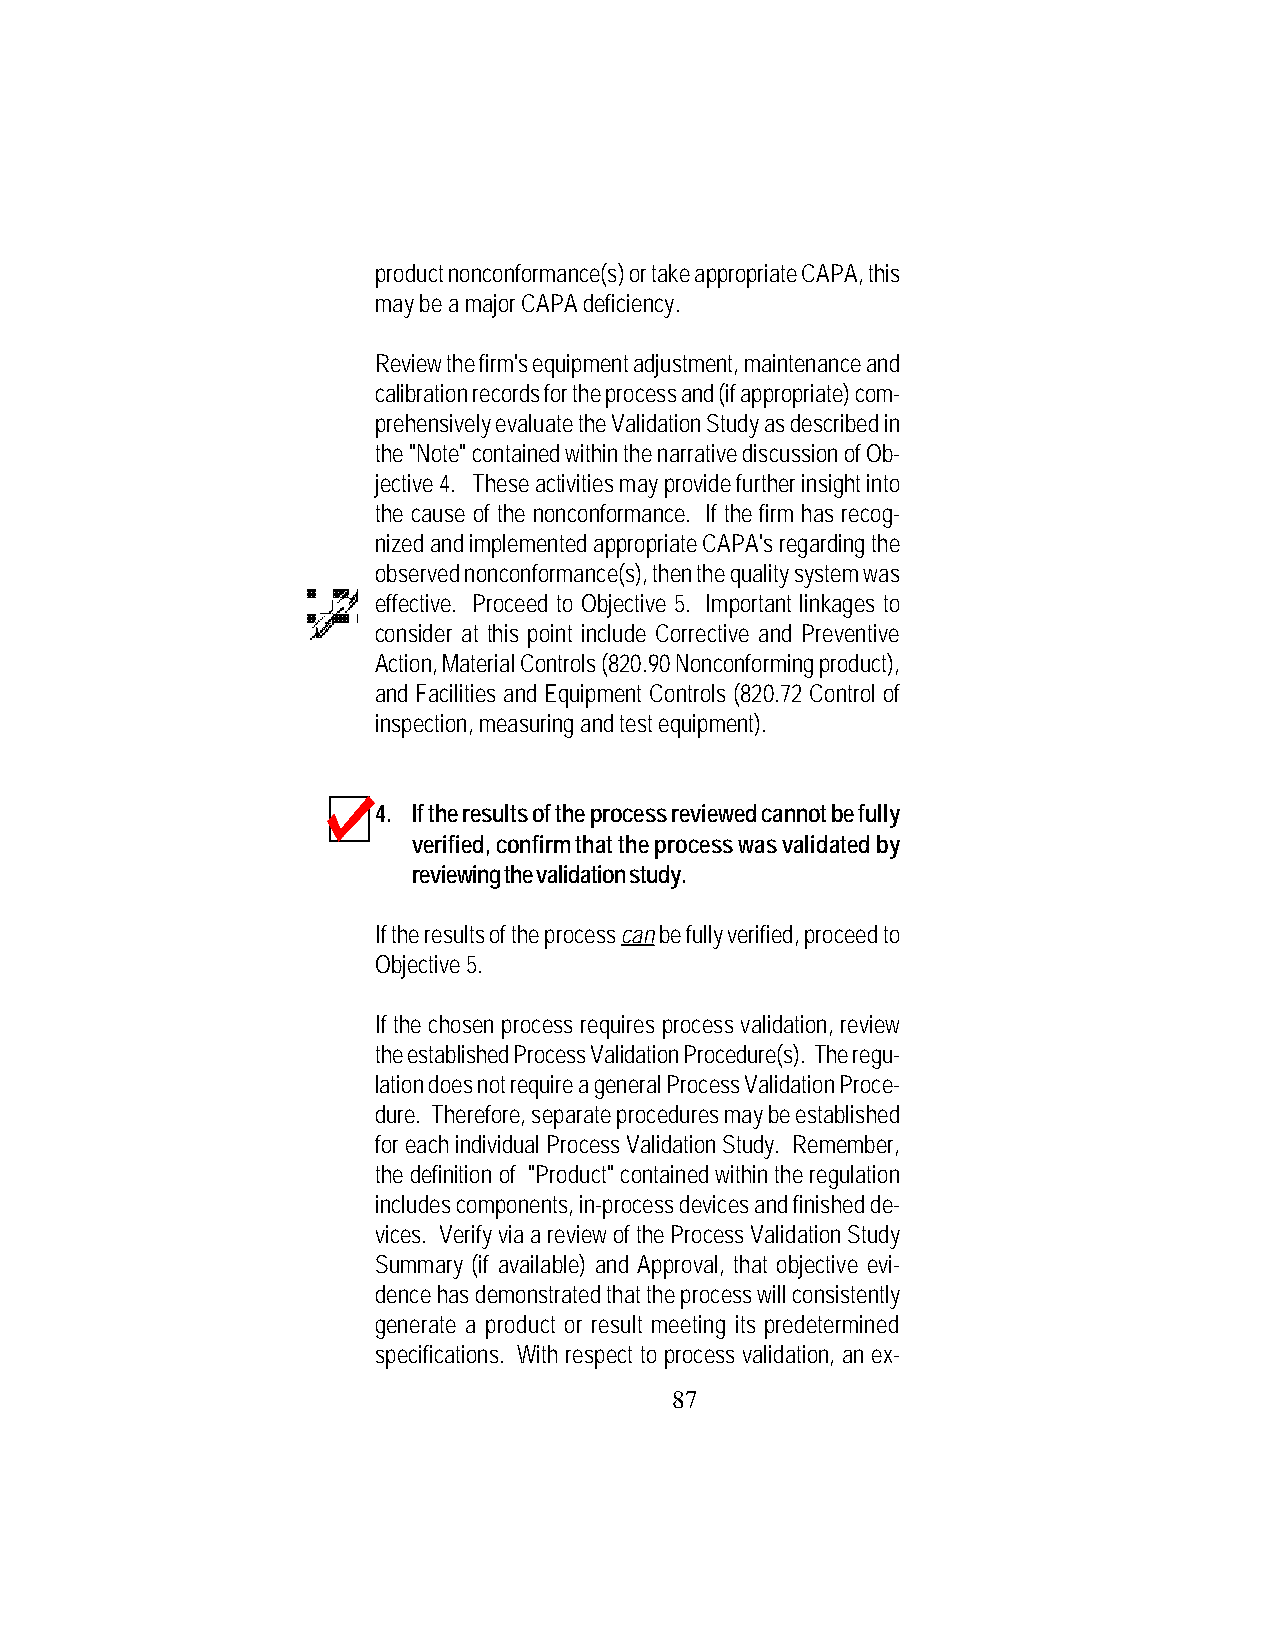
product nonconformance(s) or take appropriate CAPA, this
 may be a major CAPA deficiency.
 Review the firm's equipment adjustment, maintenance and
 calibration records for the process and (if appropriate) com-
 prehensively evaluate the Validation Study as described in
 the "Note" contained within the narrative discussion of Ob-
 jective 4. These activities may provide further insight into
 the cause of the nonconformance. If the firm has recog-
 nized and implemented appropriate CAPA's regarding the
 observed nonconformance(s), then the quality system was
 effective. Proceed to Objective 5. Important linkages to
 consider at this point include Corrective and Preventive
 Action, Material Controls (820.90 Nonconforming product),
 and Facilities and Equipment Controls (820.72 Control of
 inspection, measuring and test equipment).
 4. If the results of the process reviewed cannot be fully
 verified, confirm that the process was validated by
 reviewing the validation study.
 If the results of the process can be fully verified, proceed to
 Objective 5.
 If the chosen process requires process validation, review
 the established Process Validation Procedure(s). The regu-
 lation does not require a general Process Validation Proce-
 dure. Therefore, separate procedures may be established
 for each individual Process Validation Study. Remember,
 the definition of "Product" contained within the regulation
 includes components, in-process devices and finished de-
 vices. Verify via a review of the Process Validation Study
 Summary (if available) and Approval, that objective evi-
 dence has demonstrated that the process will consistently
 generate a product or result meeting its predetermined
 specifications. With respect to process validation, an ex-
 87